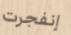
إنفجرت